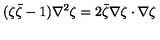
( \zeta { \bar { \zeta } } - 1 ) \nabla ^ { 2 } \zeta = 2 { \bar { \zeta } } \nabla \zeta \cdot \nabla \zeta